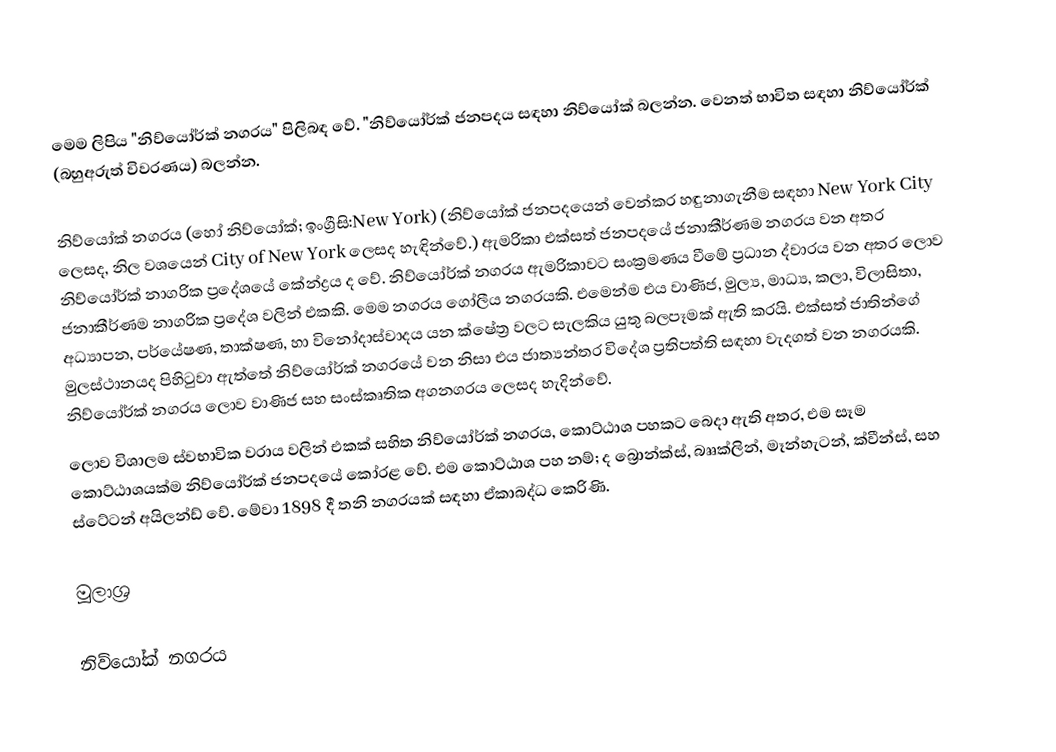
මෙම ලිපිය "නිව්යෝර්ක් නගරය" පිලිබඳ වේ. "නිව්යෝර්ක් ජනපදය සඳහා නිව්යෝක් බලන්න. වෙනත් භාවිත සඳහා නිව්යෝර්ක් (බහුඅරුත් විවරණය) බලන්න.

නිව්යෝක් නගරය (හෝ නිව්යෝක්; ඉංග්‍රීසි:New York) (නිව්යෝක් ජනපදයෙන් වෙන්කර හඳුනාගැනීම සඳහා New York City ලෙසද, නිල වශයෙන් City of New York ලෙසද හැඳින්වේ.) ඇමරිකා එක්සත් ජනපදයේ ජනාකීර්ණම නගරය වන අතර නිව්යෝර්ක් නාගරික ප්‍රදේශයේ කේන්ද්‍රය ද වේ. නිව්යෝර්ක් නගරය ඇමරිකාවට සංක්‍රමණය වීමේ ප්‍රධාන ද්වාරය වන අතර ලොව ජනාකීර්ණම නාගරික ප්‍රදේශ වලින් එකකි. මෙම නගරය ගෝලීය නගරයකි. එමෙන්ම එය වාණිජ, මුල්‍ය, මාධ්‍ය, කලා, විලාසිතා, අධ්‍යාපන, පර්යේෂණ, තාක්ෂණ, හා විනෝදාස්වාදය යන ක්ෂේත්‍ර වලට සැලකිය යුතු බලපෑමක් ඇති කරයි. එක්සත් ජාතින්ගේ මුලස්ථානයද පිහිටුවා ඇත්තේ නිව්යෝර්ක් නගරයේ වන නිසා එය ජාත්‍යන්තර විදේශ ප්‍රතිපත්ති සඳහා වැදගත් වන නගරයකි. නිව්යෝර්ක් නගරය ලොව වාණිජ සහ සංස්කෘතික අගනගරය ලෙසද හැදින්වේ.
ලොව විශාලම ස්වභාවික වරාය වලින් එකක් සහිත නිව්යෝර්ක් නගරය, කොට්ඨාශ පහකට බෙදා ඇති අතර, එම සෑම කොට්ඨාශයක්ම නිව්යෝර්ක් ජනපදයේ කෝරළ වේ. එම කොට්ඨාශ පහ නම්; ද බ්‍රොන්ක්ස්, බෲක්ලින්, මෑන්හැටන්, ක්වීන්ස්, සහ ස්ටේටන් අයිලන්ඩ් වේ. මේවා 1898 දී තනි නගරයක් සඳහා ඒකාබද්ධ කෙරිණි.

මූලාශ්‍ර

නිව්යෝක් නගරය